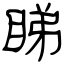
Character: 睇